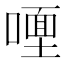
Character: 𭊩